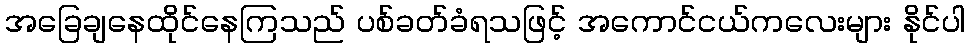
အခြေချနေထိုင်နေကြသည် ပစ်ခတ်ခံရသဖြင့် အကောင်ငယ်ကလေးများ နိုင်ပါ